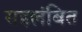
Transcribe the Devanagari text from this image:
सहलंबित